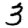
Digit: 3